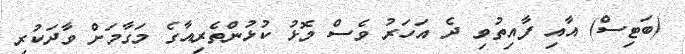
(ބަޓިސް) އާއި ފާއިތުވި ދެ އަހަރު ވެސް މޮޅު ކުޅުންތެރިއާގެ މަގާމަށް ވާދަކުރި